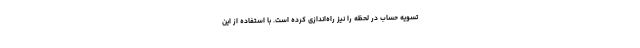
تسویه حساب در لحظه را نیز راه‌اندازی کرده است. با استفاده از این